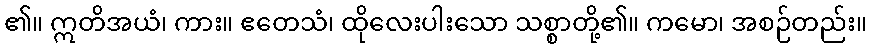
၏။ ဣတိအယံ၊ ကား။ ဧတေသံ၊ ထိုလေးပါးသော သစ္စာတို့၏။ ကမော၊ အစဉ်တည်း။